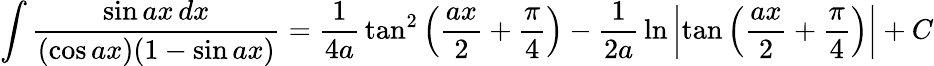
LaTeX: \int{\frac{\sin ax\, dx}{(\cos ax)(1-\sin ax)}}={\frac{1}{4a}}\tan^{2}\left({\frac{ax}{2}}+{\frac{\pi}{4}}\right)-{\frac{1}{2a}}\ln\left|\tan\left({\frac{ax}{2}}+{\frac{\pi}{4}}\right)\right|+C